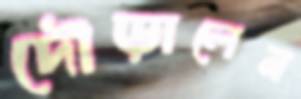
দৌড়ালেন